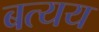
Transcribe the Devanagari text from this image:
बत्यय